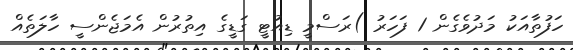
ހަފުތާއަކު މަދުވެގެން 1 ފަހަރު )ރަސްމީ ޑިއުޓީ ގަޑީގެ އިތުރުން އެމަޖެންސީ ހާލަތެއް